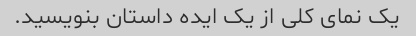
یک نمای کلی از یک ایده داستان بنویسید.